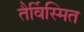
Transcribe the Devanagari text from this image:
तैर्विस्मित